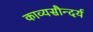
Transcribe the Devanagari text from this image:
काव्यसौन्दर्य